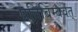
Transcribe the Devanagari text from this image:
प्रतिबिम्बवत्